Leaving Certificate Examination, 1920
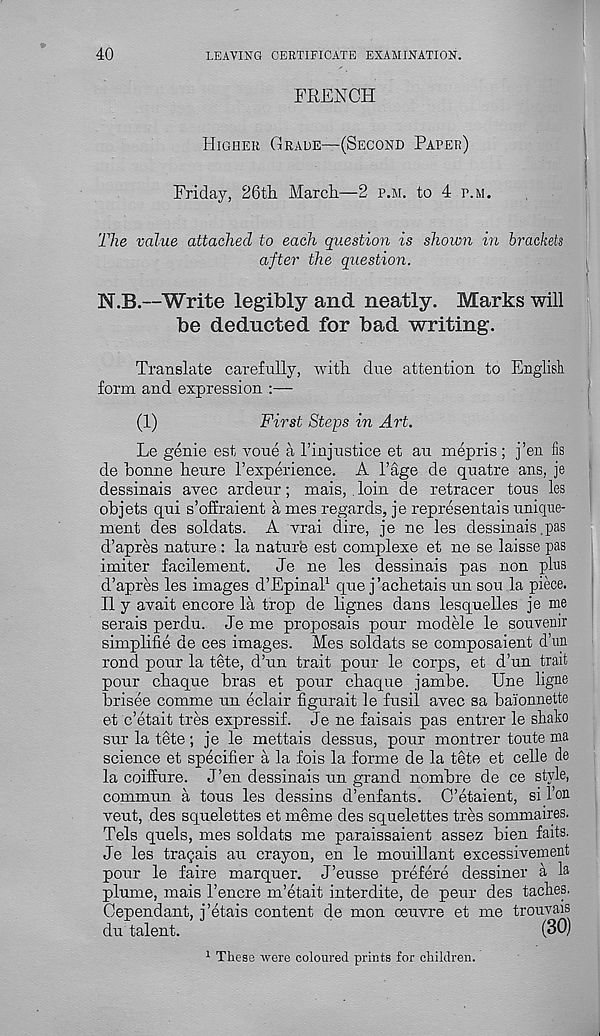
40
LEAVING CERTIFICATE EXAMINATION.
FRENCH
Higher Grade—(Second Paper)
Friday, 26th March—2 p.m. to 4 p.m.
The value attached to each question is shown in brackets
after the question.
N.B.—Write legibly and neatly. Marks will
be deducted for bad writing.
Translate carefully, with due attention to English
form and expression :—
(1)
First Steps in Art.
Le genie est voue a I’injustice et an mepris; j’en fis
de bonne heure 1’experience. A 1’age de quatre ans, je
dessinais avec ardeur; mais, , loin de retracer tons les
objets qui s’offraient a mes regards, je representais uniqne-
ment des soldats. A vrai dire, je ne les dessinais .pas
d’apres nature : la nature est complexe et ne se laisse pas
imiter facilement.
Je ne les dessinais pas non plus
d’apres les images d’Epinal 1 que j’achetais un sou la piece.
II y avait encore la trop de lignes dans lesquelles je me
serais perdu. Je me proposais pour modele le souvenir
simplifie de ces images. Mes soldats se composaient d’un
rond pour la tete, d’un trait pour le corps, et d’un trait
pour chaque bras et pour chaque jambe. Une ligne
brisee comme un eclair figurait le fusil avec sa baionnette
et c’etait tres expressif. Je ne faisais pas entrer le shako
sur la tete ; je le mettais dessus, pour montrer toute ma
science et specifier a la fois la forme de la tete et celle de
la coiffure. J’en dessinais un grand nombre de ce style,
commun a tons les dessins d’enfants. C’etaient, si I’on
veut, des squelettes et meme des squelettes tres sommaires.
Tels quels, mes soldats me paraissaient assez bien faits.
Je les traqais au crayon, en le mouillant excessivement
pour le faire marquer. J’eusse prefere dessiner a la
plume, mais 1’encre m’etait interdite, de peur des taches.
Cependant, j’etais content de mon oeuvre et me trouvais
du talent.
(30)
1 These were coloured prints for children.